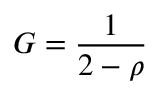
G = \frac { 1 } { 2 - \rho }